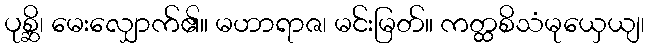
ပုစ္ဆိ၊ မေးလျှောက်၏။ မဟာရာဇ၊ မင်းမြတ်။ ကတ္ထစိသံမုယှေယျ၊